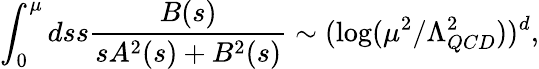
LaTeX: \int_{0}^{\mu}dss\frac{B(s)}{sA^{2}(s)+B^{2}(s)}\sim(\log(\mu^{2}/\Lambda_{QCD}^{2}))^{d},